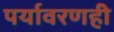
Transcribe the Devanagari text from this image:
पर्यावरणही